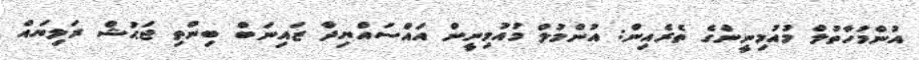
އުންމުހާތުލް މުއުމިނީންގެ ތެރެއިން: އުންމުލް މުއުމިނީން އައްސައްޔިދާ ޒައިނަބް ބިންތި ޖަޙުޝް ރަލިޔައް